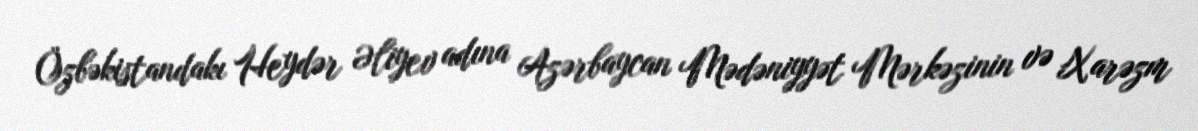
Özbəkistandakı Heydər Əliyev adına Azərbaycan Mədəniyyət Mərkəzinin və Xarəzm